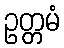
ဥတ္တမံ